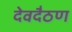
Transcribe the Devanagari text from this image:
देवदैठण